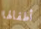
أطفالها